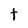
Character: t